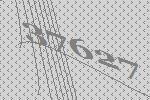
37627